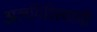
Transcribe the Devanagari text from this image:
अलगिरिस्वामी